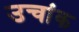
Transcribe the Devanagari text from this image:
उचांक